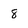
Character: 8